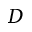
D